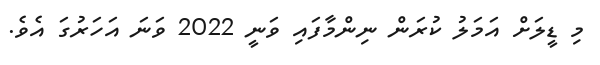
މި ޑީލަށް އަމަލު ކުރަން ނިންމާފައި ވަނީ 2022 ވަނަ އަހަރުގަ އެވެ.